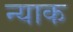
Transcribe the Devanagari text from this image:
न्याक